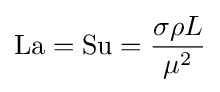
\mathrm {La} =\mathrm {Su} ={\frac {\sigma \rho L}{\mu ^{2}}}